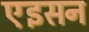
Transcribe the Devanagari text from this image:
एइसन